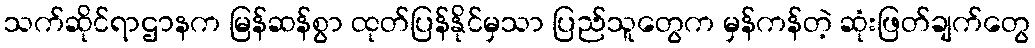
သက်ဆိုင်ရာဌာနက မြန်ဆန်စွာ ထုတ်ပြန်နိုင်မှသာ ပြည်သူတွေက မှန်ကန်တဲ့ ဆုံးဖြတ်ချက်တွေ